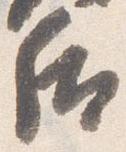
后